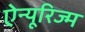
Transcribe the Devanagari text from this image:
ऐन्यूरिज्म